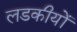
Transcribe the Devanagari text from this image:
लडकीयों